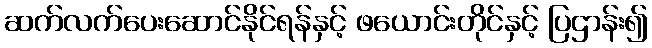
ဆက်လက်ပေးဆောင်နိုင်ရန်နှင့် ဖယောင်းတိုင်နှင့် ပြဌာန်း၍